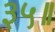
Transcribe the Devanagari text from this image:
३५॥